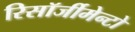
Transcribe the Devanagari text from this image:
रिसॉर्जीमेन्टो